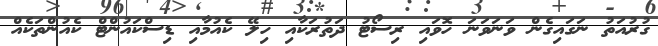
ގުރުއަތު ނަގައިގެން ވަނަވަނަ ހޮވައި ރިސޯޓު ދަތުރަކާއި ހިލޭ ކެއުމާއި ޑިސްކައުންޓް ކެއުންތަކެއް